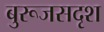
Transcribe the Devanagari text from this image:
बुरूजसदृश